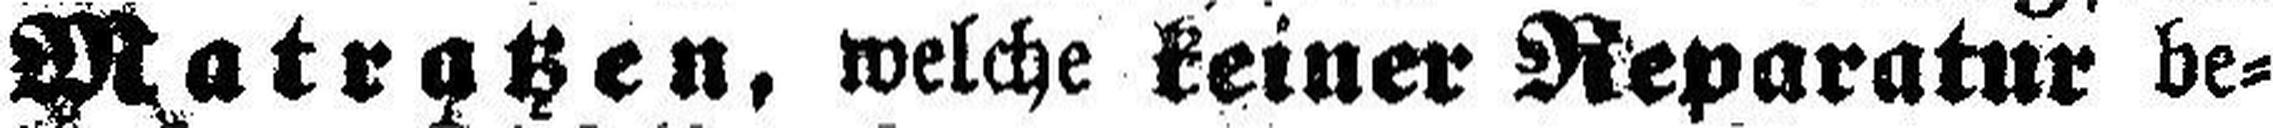
Matratzen, welche keiner Reparatur be¬